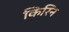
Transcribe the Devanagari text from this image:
किरिन